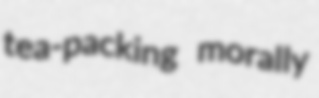
tea-packing morally